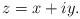
LaTeX: \begin{align*}z=x+iy.\end{align*}